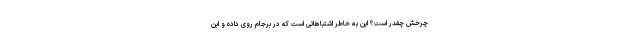
چرخش چقدر است؟ این به خاطر اشتباهاتی است که در برجام روی داده و این